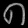
Digit: ၈